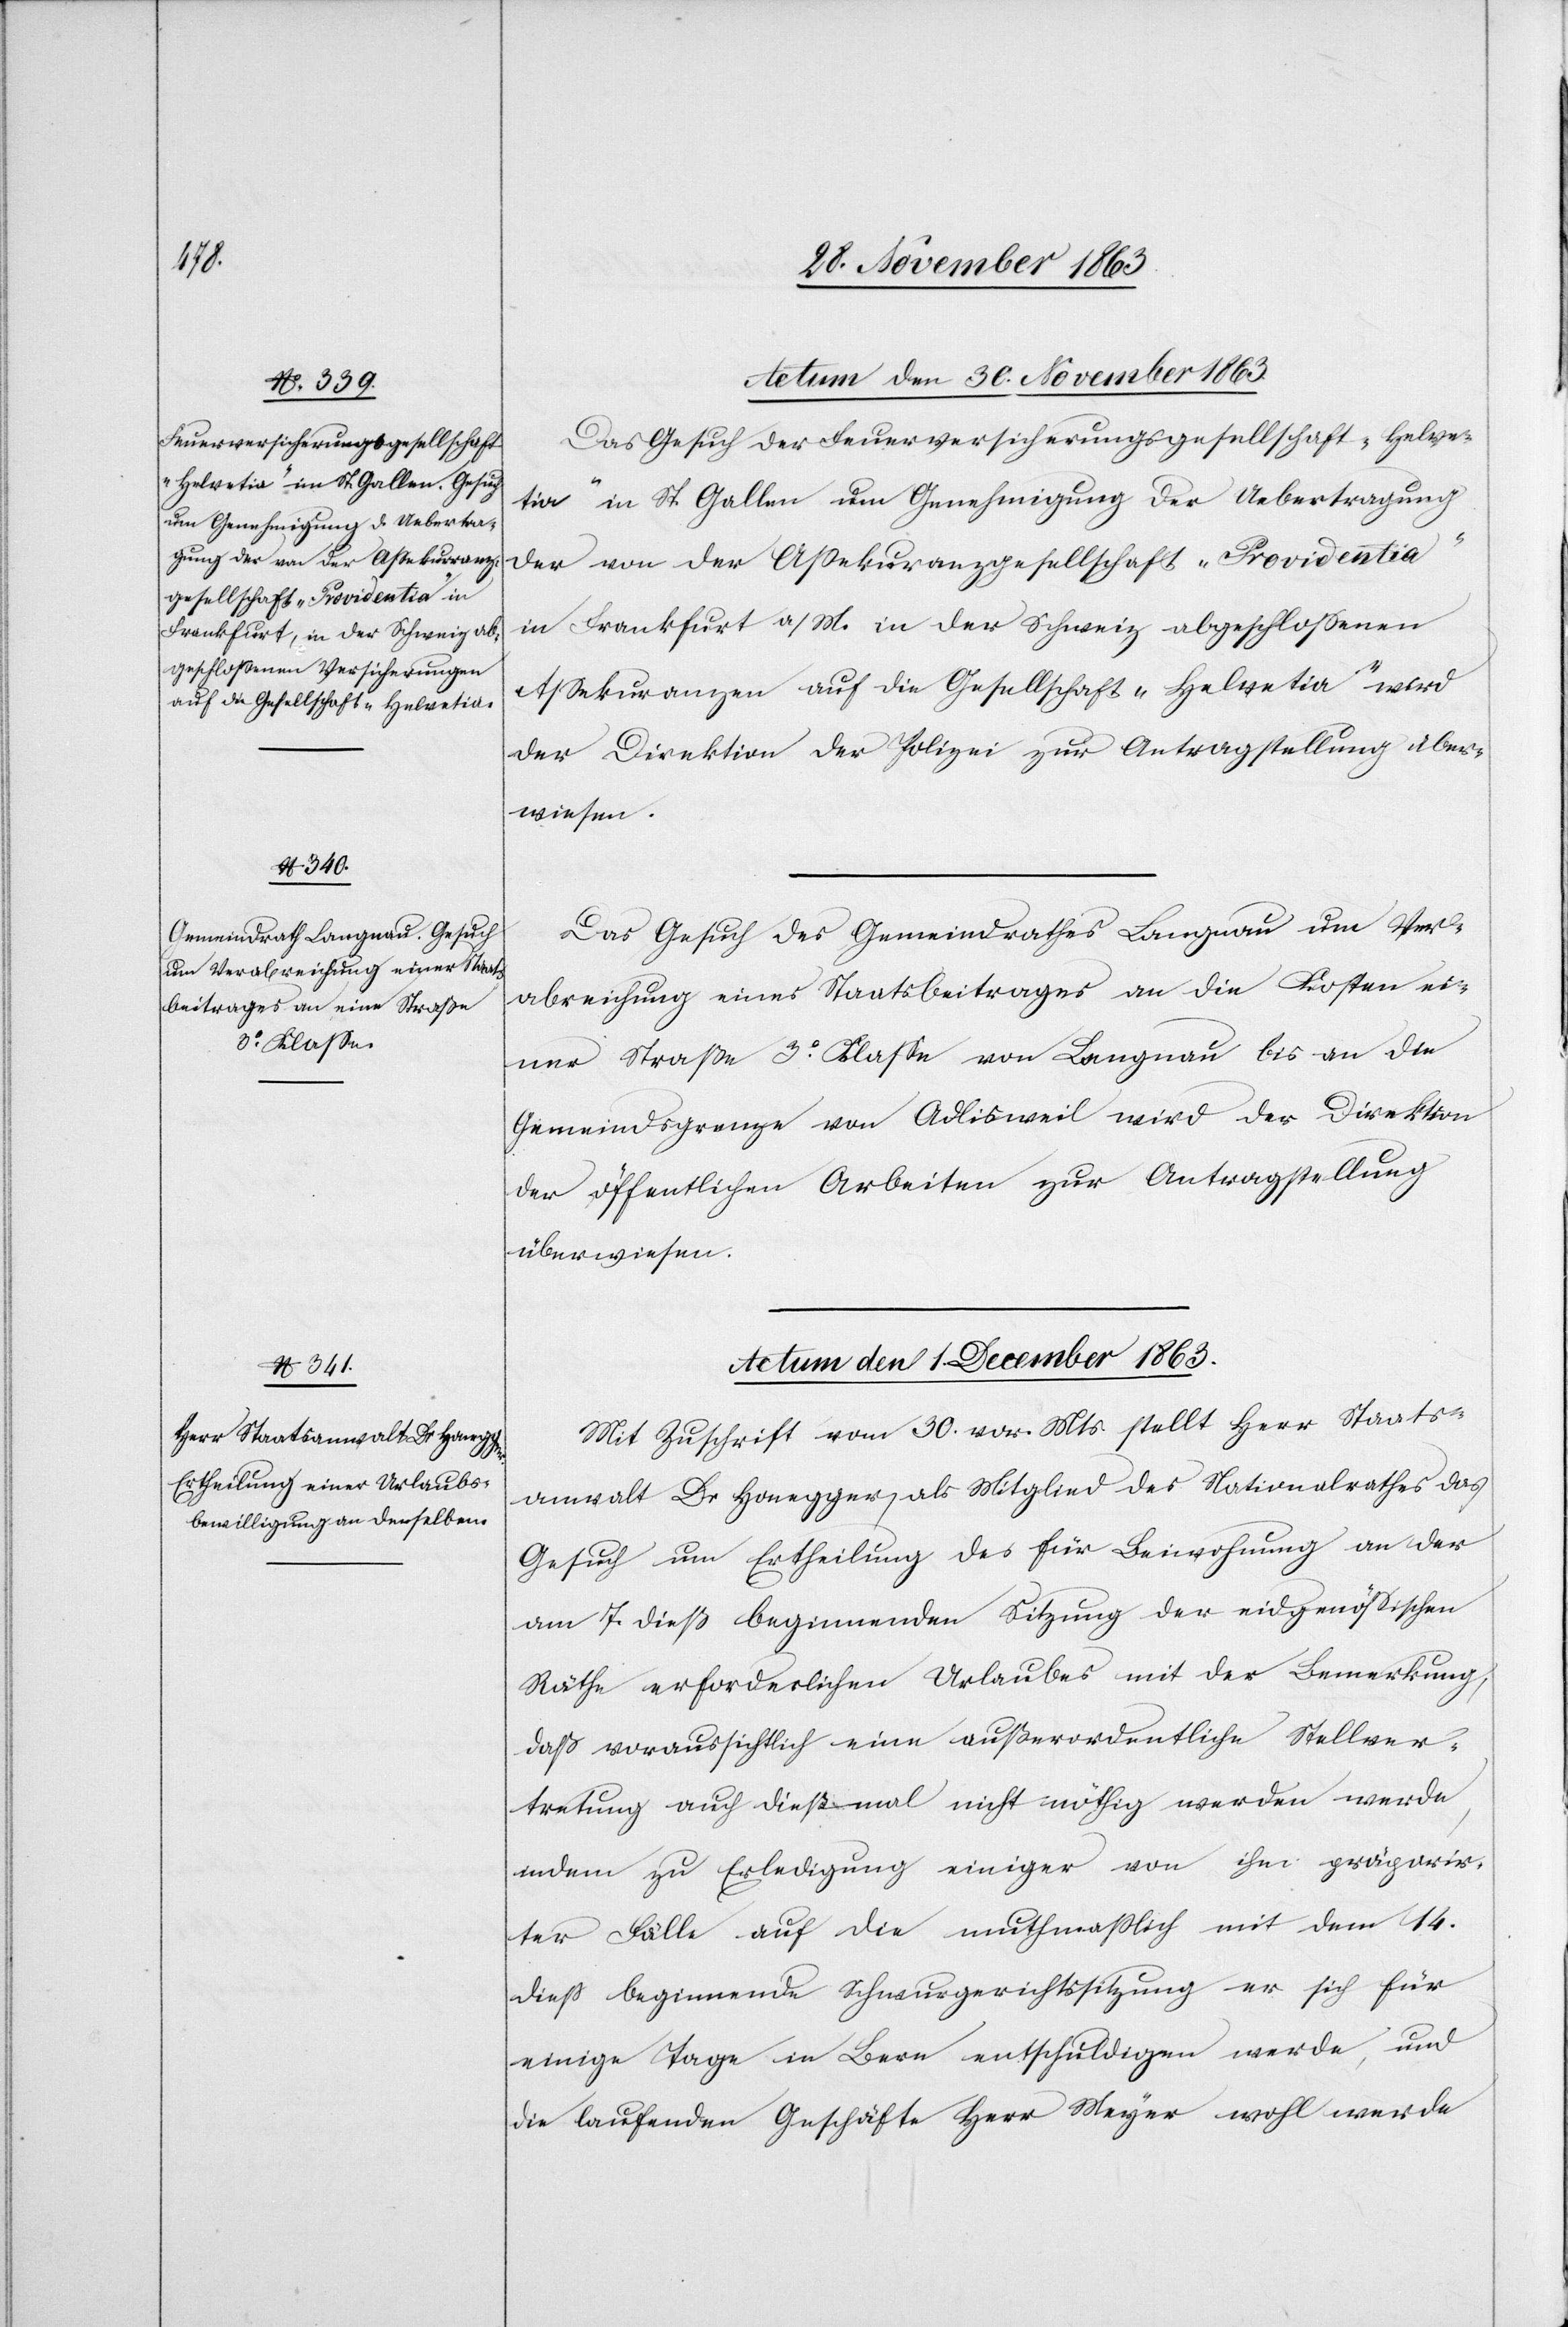
Actum den 30. November 1863.]
Das Gesuch der Feuerversicherungsgesellschaft „Helve¬
tia“ in St. Gallen um Genehmigung der Uebertragung
der von der Assekuranzgesellschaft „Providentia“
in Frankfurt a/M. in der Schweiz abgeschlossenen
Assekuranzen auf die Gesellschaft „Helvetia“ wird
der Direktion der Polizei zur Antragstellung über¬
wiesen.
Das Gesuch des Gemeindrathes Langnau um Ver¬
abreichung eines Staatsbeitrages an die Koste ei¬
ner Straße 3o Klasse von Langnau bis an die
Gemeindsgrenze von Adlisweil wird der Direktion
der öffentlichen Arbeiten zur Antragstellung
überwiesen.
Actum den 1. December 1863.
Mit Zuschrift vom 30. vor. Mts. stellt Herr Staats¬
anwalt Dr Honegger, als Mitglied des Nationalrathes das
Gesuch um Ertheilung des für Beiwohnung an der
am 7. dieß beginnenden Sitzung der eidgenössischen
Räthe erforderlichen Urlaubes mit der Bemerkung,
daß voraussichtlich eine außerordentliche Stellver¬
tretung auch dießmal nicht nöthig werden werde,
indem zu Erledigung einiger von ihm präparir¬
ter Fälle auf die muthmasslich mit dem 14.
dieß beginnende Schwurgerichtssitzung er sich für
einige Tage in Bern entschuldigen werde, und
die laufenden Geschäfte Herr Meyer wohl werde